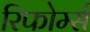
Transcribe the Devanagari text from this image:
रिफोर्म्स